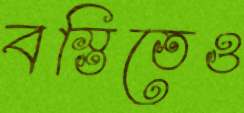
বস্তিতেও